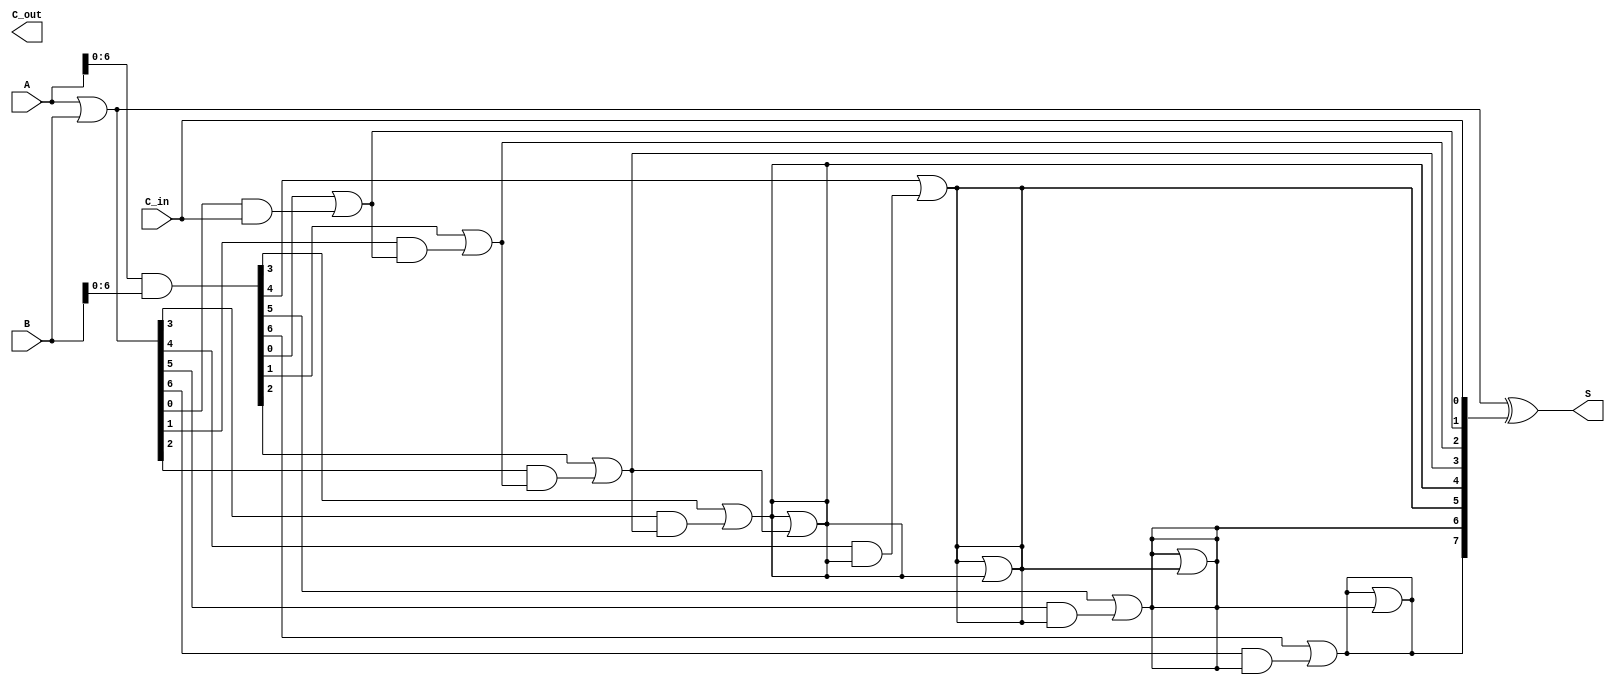
module KoggeStoneAdder #(parameter N = 8) ( // N is the bit width
    input  wire [N-1:0] A,         // First input
    input  wire [N-1:0] B,         // Second input
    input  wire C_in,              // Carry-in
    output wire [N-1:0] S,         // Sum output
    output wire C_out              // Carry-out
);

    wire [N-1:0] G;                // Generate signals
    wire [N-1:0] P;                // Propagate signals
    wire [N:0] C;                  // Carry signals

    // Generate and Propagate Signals
    assign G = A & B;               // G[i] = A[i] & B[i]
    assign P = A | B;               // P[i] = A[i] | B[i]

    // Carry initialization
    assign C[0] = C_in;             // C[0] = C_in

    // Carry generation stages (Kogge-Stone logic)
    genvar i, j;

    // Stage 1
    generate
        for (i = 0; i < N; i = i + 1) begin : stage1
            if (i > 0) begin
                assign C[i] = G[i-1] | (P[i-1] & C[i-1]);
            end
        end
    endgenerate

    // Stages for the Kogge-Stone Adder (levels)
    generate
        for (j = 1; (1 << j) <= N; j = j + 1) begin : stages
            for (i = 0; i < N; i = i + 1) begin : carry_propagation
                if (i >= (1 << j)) begin
                    assign C[i] = C[i] | (G[i - (1 << (j - 1))] | (P[i - (1 << (j - 1))] & C[i - (1 << (j - 1))]));
                end
            end
        end
    endgenerate

    // Sum calculation
    assign S = P ^ C[N-1:0];        // S[i] = P[i] ^ C[i]

    // Carry-out
    assign C_out = C[N];            // Final carry-out

endmodule